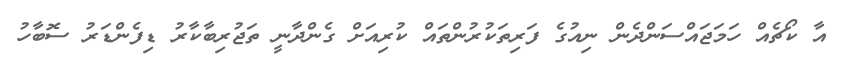
އާ ކޯޗެއް ހަމަޖައްސަންދެން ނިއުގެ ފަރިތަކުރުންތައް ކުރިއަށް ގެންދާނީ ތަޖުރިބާކާރު ޑިފެންޑަރު ސޮބާހު